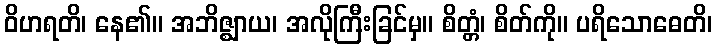
ဝိဟရတိ၊ နေ၏။ အဘိဇ္ဈာယ၊ အလိုကြီးခြင်မှ။ စိတ္တံ၊ စိတ်ကို။ ပရိသောဓေတိ၊